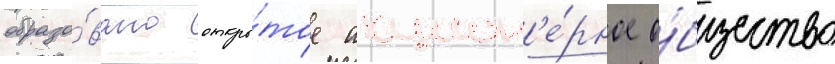
образо́вано откры́тое акцион'е́рное о́бщество